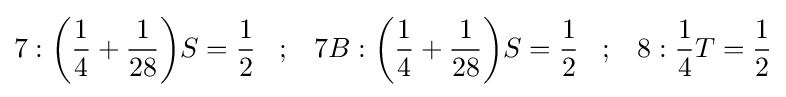
7:{\bigg (}{\frac {1}{4}}+{\frac {1}{28}}{\bigg )}S={\frac {1}{2}}\;\;\;;\;\;\;7B:{\bigg (}{\frac {1}{4}}+{\frac {1}{28}}{\bigg )}S={\frac {1}{2}}\;\;\;;\;\;\;8:{\frac {1}{4}}T={\frac {1}{2}}